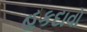
હકદાવો